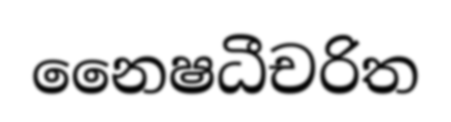
නෛෂධීචරිත